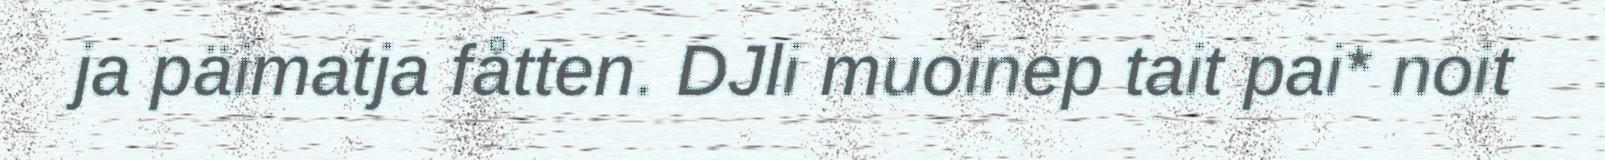
ja päimatja fåtten. DJli muoinep tait pai* noit